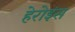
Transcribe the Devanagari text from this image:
हेरोइंस